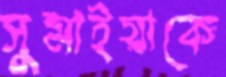
সুমাইয়াকে